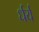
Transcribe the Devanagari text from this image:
र्धर्य